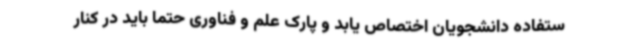
ستفاده دانشجویان اختصاص یابد و پارک علم و فناوری حتما باید در کنار